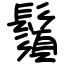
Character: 鬚